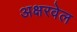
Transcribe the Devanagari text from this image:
अक्षरवेल